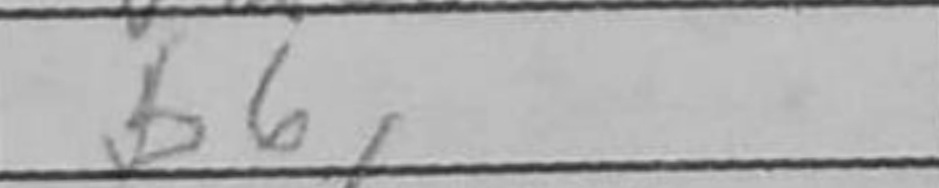
Transcription: b6